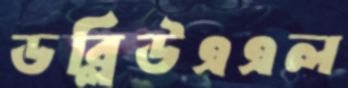
ডব্লিউএএল